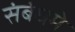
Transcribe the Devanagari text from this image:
संबंधमे